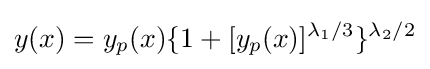
y(x)=y_{p}(x)\{1+[y_{p}(x)]^{\lambda _{1}/3}\}^{\lambda _{2}/2}